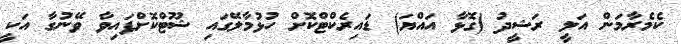
ކެމެރާމަން އަލީ ރަޝީދު (ގޮޅާ އައްޔަ) ޑައިރެކްޓްކޮށް ހުޅުމާލޭގައި ޝޫޓްކޮށްފައިވާ ވޭނުގާ އަކީ